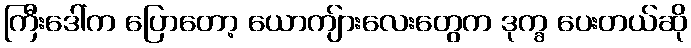
ကြီးဒေါ်က ပြောတော့ ယောကျ်ားလေးတွေက ဒုက္ခ ပေးတယ်ဆို